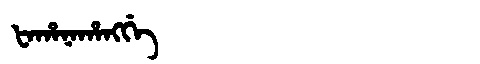
Manchu: ᡶᠠᡥᠠᠨᠠᡥᠠᠩᡤᡝ
Romanization: FAHANAHANGGE